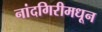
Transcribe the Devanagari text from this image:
नांदगिरीमधून